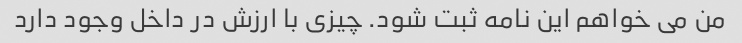
من می خواهم این نامه ثبت شود. چیزی با ارزش در داخل وجود دارد